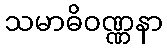
သမာဓိဝဏ္ဏနာ